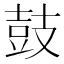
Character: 鼓